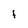
Character: i